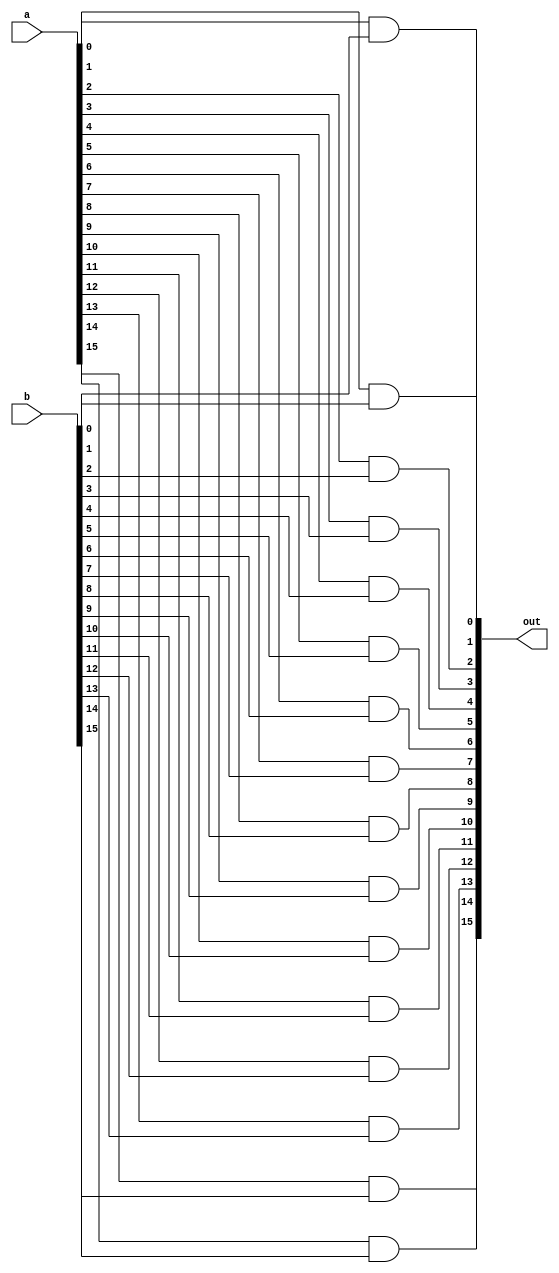
/**
 * 16-bit-wise And gate: for i = 0..15: out[i] = a[i] And b[i]
 *
 * Adapted from "The Elements of Computer Systems"
 * by Nisan and Schocken, MIT Press.
 *
 * Adapted by Jeremiah Biard
 * 7/19/2013
 *
 */

module and16
  (output [15:0] out,
  input [15:0] a, b);
  
  and
    a0(out[0], a[0], b[0]),
    a1(out[1], a[1], b[1]),
    a2(out[2], a[2], b[2]),
    a3(out[3], a[3], b[3]),
    a4(out[4], a[4], b[4]),
    a5(out[5], a[5], b[5]),
    a6(out[6], a[6], b[6]),
    a7(out[7], a[7], b[7]),
    a8(out[8], a[8], b[8]),
    a9(out[9], a[9], b[9]),
    a10(out[10], a[10], b[10]),
    a11(out[11], a[11], b[11]),
    a12(out[12], a[12], b[12]),
    a13(out[13], a[13], b[13]),
    a14(out[14], a[14], b[14]),
    a15(out[15], a[15], b[15]);
    
endmodule